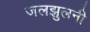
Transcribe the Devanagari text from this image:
जलझुलनी